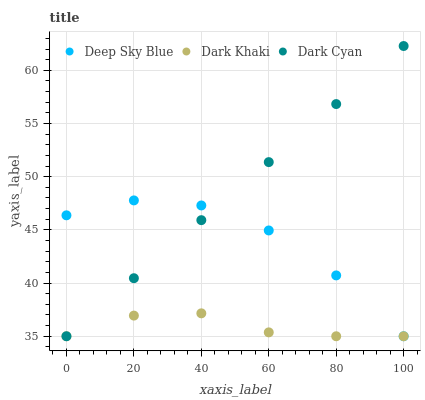
| xaxis_label | Deep Sky Blue | Dark Khaki | Dark Cyan |
 | --- | --- | --- | --- |
 | 0 | 46.4 | 35 | 35 |
 | 20 | 47.8 | 36.9 | 40.5 |
 | 40 | 47.3 | 37.2 | 45.9 |
 | 60 | 44.9 | 35.4 | 51.4 |
 | 80 | 40.7 | 35 | 56.8 |
 | 100 | 35 | 35 | 62.3 |